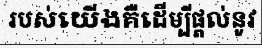
របស់យើងគឺដើម្បីផ្តល់នូវ